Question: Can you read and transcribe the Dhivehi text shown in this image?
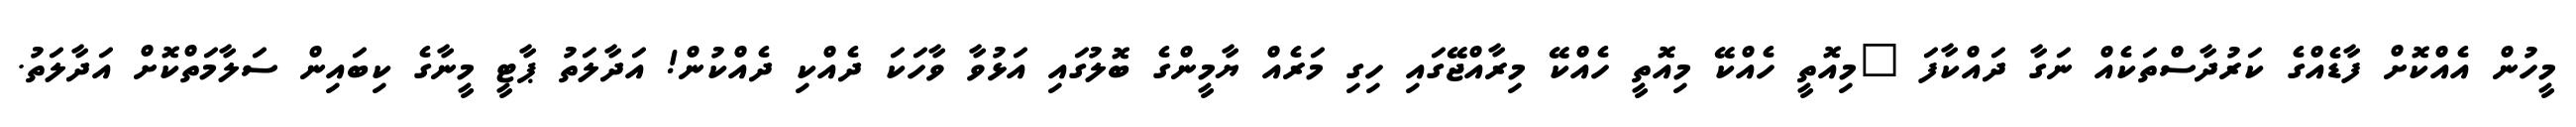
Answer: މީހުން އެއްކޮށް ފާޑެއްގެ ކަރުދާސްތަކެއް ނަގާ ދައްކާފަ "މިއޮތީ ހެއްކޭ މިއޮތީ ހެއްކޭ މިރާއްޖޭގައި ހިގި މަރެއް ޔާމީންގެ ބޮލުގައި އަޅުވާ ވާހަކަ ދެއްކި ދެއްކުން! އަދާލަތު ޕާޓީ މީނާގެ ކިބައިން ސަލާމަތްކޮށް އަދާލަތު.